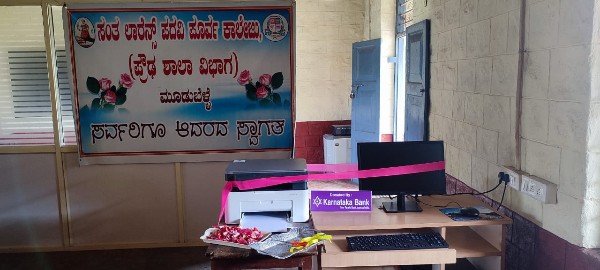
Language: kannada
Transcription: ಮೂಡುಬೆಳ್ಳೆ ಆದರದ ಸರ್ವರಿಗೂ ವಿಭಾಗ